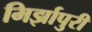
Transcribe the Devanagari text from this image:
मिर्झापुरी